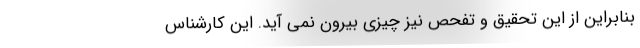
بنابراین از این تحقیق و تفحص نیز چیزی بیرون نمی آید. این کارشناس